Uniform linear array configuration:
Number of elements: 12
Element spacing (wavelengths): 0.25
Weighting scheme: cosine
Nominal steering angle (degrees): -45
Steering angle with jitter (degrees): -43.438
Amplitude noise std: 0.05
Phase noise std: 0.05

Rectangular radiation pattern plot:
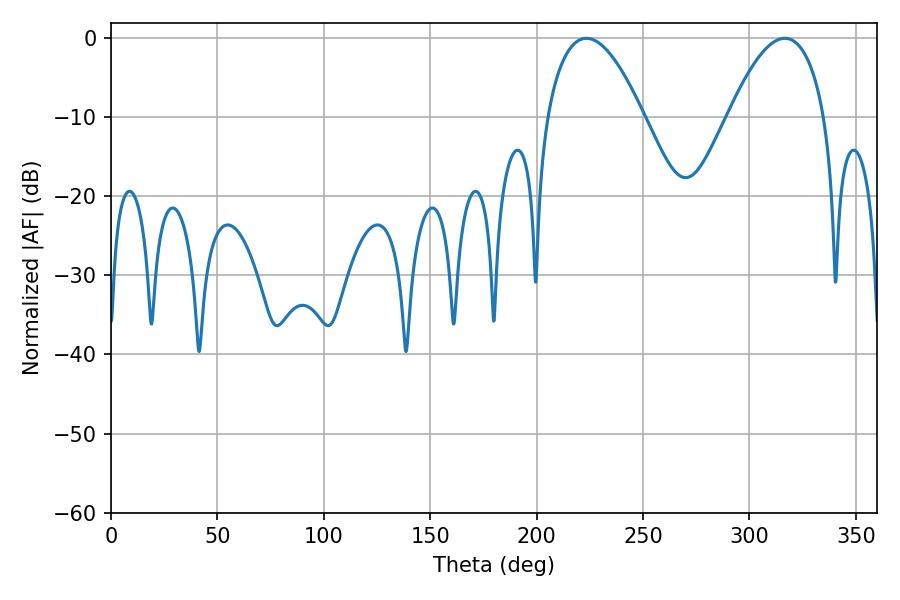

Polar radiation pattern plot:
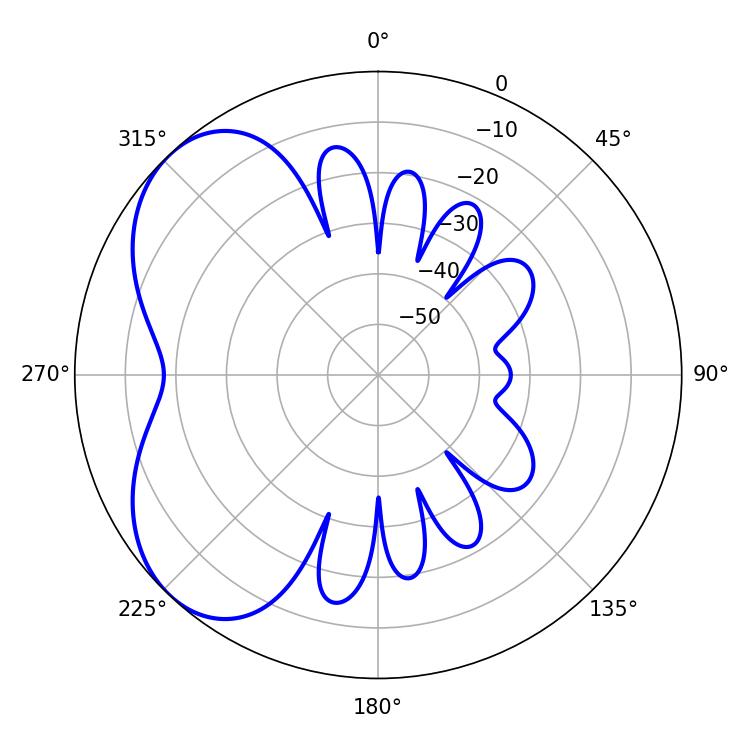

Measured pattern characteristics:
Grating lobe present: FALSE
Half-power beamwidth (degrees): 25.02
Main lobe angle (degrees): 223.38